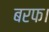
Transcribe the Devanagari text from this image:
बरफ।